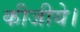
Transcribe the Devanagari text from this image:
कीजीये।